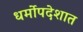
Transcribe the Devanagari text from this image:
धर्मोपदेशात